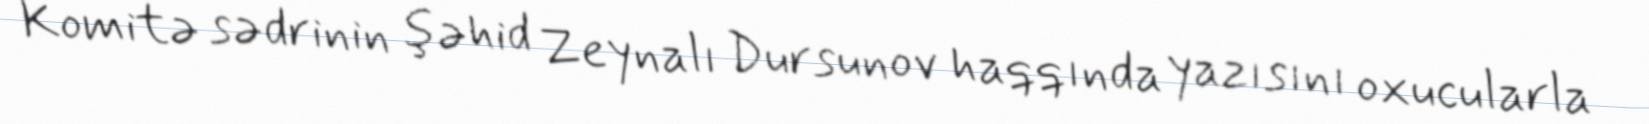
Komitə sədrinin şəhid Zeynalı Dursunov haqqında yazısını oxucularla